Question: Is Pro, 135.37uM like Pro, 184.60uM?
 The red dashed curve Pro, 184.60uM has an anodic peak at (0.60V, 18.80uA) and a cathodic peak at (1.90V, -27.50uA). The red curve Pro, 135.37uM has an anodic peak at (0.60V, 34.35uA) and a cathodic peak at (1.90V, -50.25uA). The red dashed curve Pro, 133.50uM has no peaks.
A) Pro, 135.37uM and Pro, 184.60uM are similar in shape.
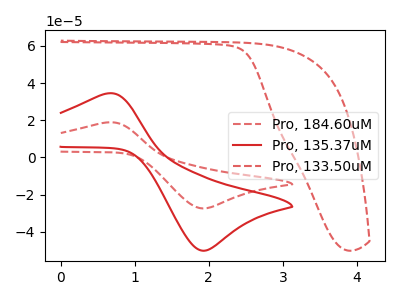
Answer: <think>All the peaks in "Pro, 135.37uM" have a peak in "Pro, 184.60uM" at the same potential. Every peak in "Pro, 135.37uM" is higher than every peak in "Pro, 184.60uM".
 </think>
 <answer>A) "Pro, 135.37uM" and "Pro, 184.60uM" are similar in shape.</answer>
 <eval>A</eval>